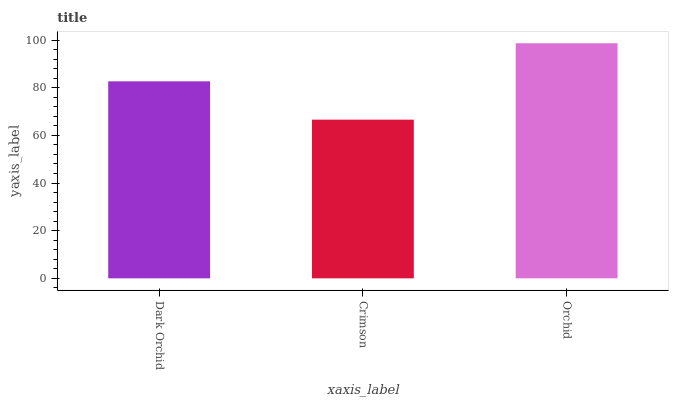
| xaxis_label | bars |
 | --- | --- |
 | Dark Orchid | 82.7 |
 | Crimson | 66.6 |
 | Orchid | 98.7 |